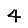
Digit: 4